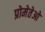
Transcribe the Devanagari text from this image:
प्रोमेतेओ